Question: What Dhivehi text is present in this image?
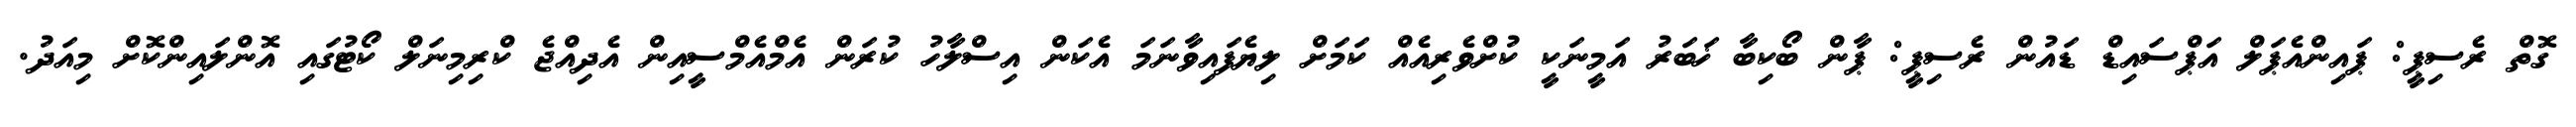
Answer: ގޮތް ރެސިޕީ: ޕައިންއެޕަލް އަޕްސައިޑް ޑައުން ރެސިޕީ: ޕާން ބޯކިބާ ޚަބަރު އަމީނަކީ ކުށްވެރިއެއް ކަމަށް ލިޔެފައިވާނަމަ އެކަން އިސްލާހު ކުރަން އެމްއެމްސީއިން އެދިއްޖެ ކްރިމިނަލް ކޯޓުގައި އޮންލައިންކޮށް މިއަދު.